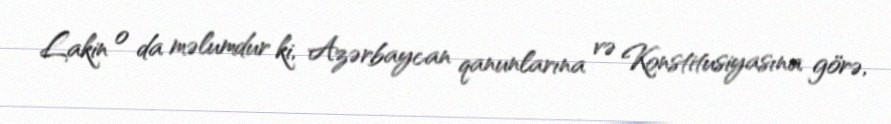
Lakin o da məlumdur ki, Azərbaycan qanunlarına və Konstitusiyasına görə,